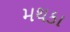
મથકા